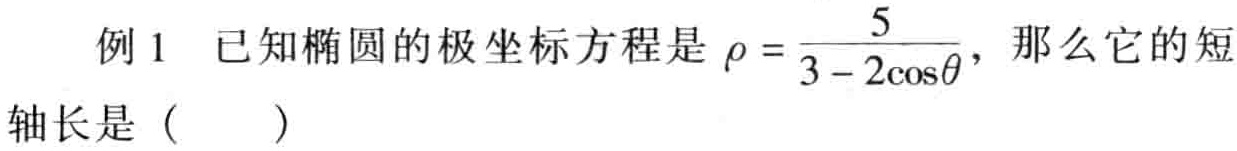
例1 已知椭圆的极坐标方程是\(\rho = \frac{5}{3 - 2\cos\theta}\)，那么它的短轴长是（  ）